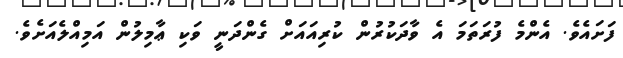
ފަށައެވެ. އެންމެ ފުރަތަމަ އެ ވާދަކުރުން ކުރިއައަށް ގެންދަނީ ވަކި ޢާމިލުން އަމިއްލެއަށެވެ.